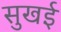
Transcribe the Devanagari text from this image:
सुखई